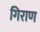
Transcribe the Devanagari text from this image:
गिराण